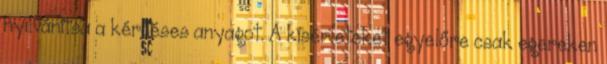
nyilvánítsa a kérdéses anyagot. A kísérleteket egyelőre csak egereken